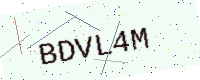
Text: BDVL4M